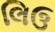
લિઉ